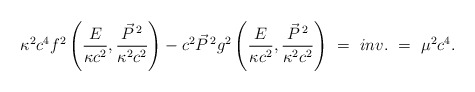
\begin{align*}\kappa^2 c^4 f^2\left(\frac{E}{\kappa c^2} ,\frac{\vec{P}^{\,2}}{\kappa^2 c^2}\right) - c^2 \vec{P}^{\,2} g^2\left(\frac{E}{\kappa c^2} , \frac{\vec{P}^{\,2}}{\kappa^2c^2}\right) \ = \ inv. \ = \ \mu^2 c^4 .\end{align*}